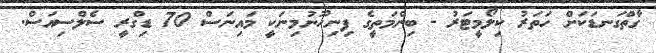
ގާތްގަނޑަކަށް ހަތަރު ކިލޯމީޓަރު - ބިންމަތީގެ ފިނިހޫނުމިނަކީ މައިނަސް 70 ޑިގްރީ ސެލްސިއަސް.